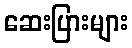
ဆေးပြားများ